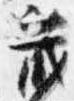
蔵